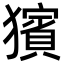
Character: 獱